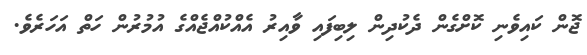
ޖޮން ކައިވެނި ކޮށްގެން ދެކުދިން ލިބިފައި ވާއިރު އެއްކުއްޖެއްގެ އުމުރުން ހަތް އަހަރެވެ.